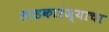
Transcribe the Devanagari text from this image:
लाडकारंज्याचा